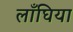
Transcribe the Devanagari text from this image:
लाँघिया